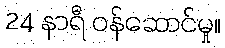
24 နာရီ ဝန်ဆောင်မှု။